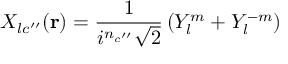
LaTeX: X _ { l c ^ { \prime \prime } } ( \mathbf { r } ) = { \frac { 1 } { i ^ { n _ { c ^ { \prime \prime } } } { \sqrt { 2 } } } } \left( Y _ { l } ^ { m } + Y _ { l } ^ { - m } \right)